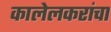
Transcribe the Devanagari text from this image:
कालेलकरांचा